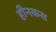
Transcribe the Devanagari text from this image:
हीनकस